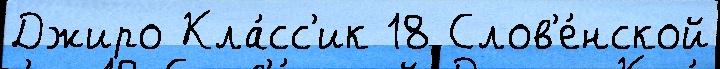
Джиро Кла́сс'ик 18 Слов'е́нской